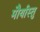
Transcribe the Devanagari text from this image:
मौर्यास्तु